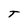
Character: T